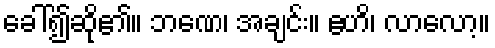
ခေါ်၍ဆို၏။ ဘဏေ၊ အချင်း။ ဧဟိ၊ လာလော့။